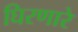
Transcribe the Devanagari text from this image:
घिरणारे